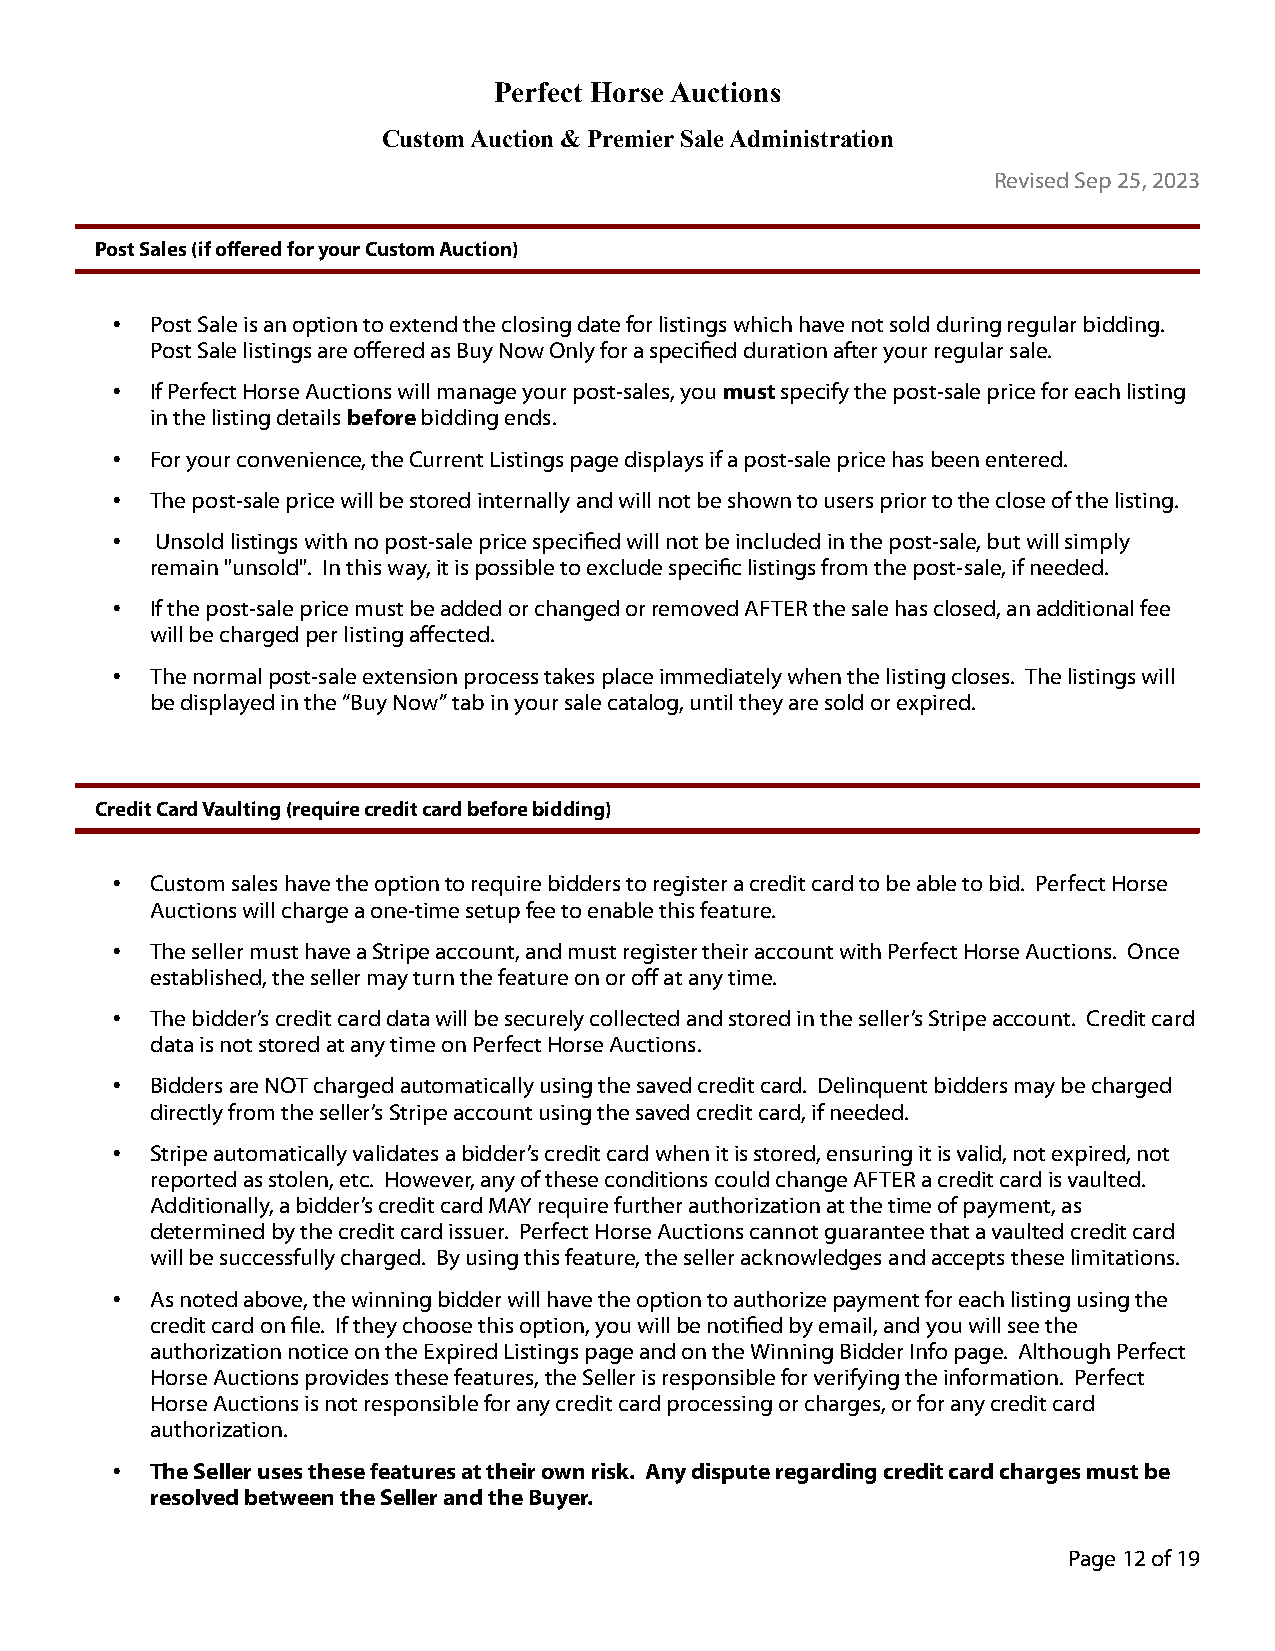
Perfect Horse Auctions
 Custom Auction & Premier Sale Administration
 Revised Sep 25, 2023
 Post Sales (if offered for your Custom Auction)
 •  Post Sale is an option to extend the closing date for listings which have not sold during regular bidding.
 Post Sale listings are offered as Buy Now Only for a specified duration after your regular sale.
 •  If Perfect Horse Auctions will manage your post-sales, you must specify the post-sale price for each listing
 in the listing details before bidding ends.
 •  For your convenience, the Current Listings page displays if a post-sale price has been entered.
 •  The post-sale price will be stored internally and will not be shown to users prior to the close of the listing.
 •  Unsold listings with no post-sale price specified will not be included in the post-sale, but will simply
 remain "unsold". In this way, it is possible to exclude specific listings from the post-sale, if needed.
 •  If the post-sale price must be added or changed or removed AFTER the sale has closed, an additional fee
 will be charged per listing affected.
 •  The normal post-sale extension process takes place immediately when the listing closes. The listings will
 be displayed in the “Buy Now” tab in your sale catalog, until they are sold or expired.
 Credit Card Vaulting (require credit card before bidding)
 •  Custom sales have the option to require bidders to register a credit card to be able to bid. Perfect Horse
 Auctions will charge a one-time setup fee to enable this feature.
 •  The seller must have a Stripe account, and must register their account with Perfect Horse Auctions. Once
 established, the seller may turn the feature on or off at any time.
 •  The bidder’s credit card data will be securely collected and stored in the seller’s Stripe account. Credit card
 data is not stored at any time on Perfect Horse Auctions.
 •  Bidders are NOT charged automatically using the saved credit card. Delinquent bidders may be charged
 directly from the seller’s Stripe account using the saved credit card, if needed.
 •  Stripe automatically validates a bidder’s credit card when it is stored, ensuring it is valid, not expired, not
 reported as stolen, etc. However, any of these conditions could change AFTER a credit card is vaulted.
 Additionally, a bidder’s credit card MAY require further authorization at the time of payment, as
 determined by the credit card issuer. Perfect Horse Auctions cannot guarantee that a vaulted credit card
 will be successfully charged. By using this feature, the seller acknowledges and accepts these limitations.
 •  As noted above, the winning bidder will have the option to authorize payment for each listing using the
 credit card on file. If they choose this option, you will be notified by email, and you will see the
 authorization notice on the Expired Listings page and on the Winning Bidder Info page. Although Perfect
 Horse Auctions provides these features, the Seller is responsible for verifying the information. Perfect
 Horse Auctions is not responsible for any credit card processing or charges, or for any credit card
 authorization.
 •  The Seller uses these features at their own risk. Any dispute regarding credit card charges must be
 resolved between the Seller and the Buyer.
 Page 12 of 19